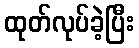
ထုတ်လုပ်ခဲ့ပြီး